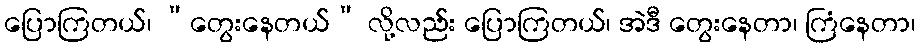
ပြောကြတယ်၊ “တွေးနေတယ်” လို့လည်း ပြောကြတယ်၊ အဲဒီ တွေးနေတာ၊ ကြံနေတာ၊